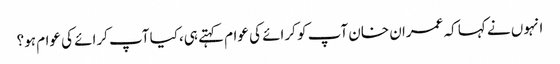
انہوں نے کہا کہ عمران خان آپ کو کرائے کی عوام کہتے ہی،کیا آپ کرائے کی عوام ہو؟